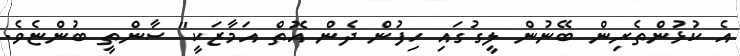
އެ ކުޅުންތެރިން ބޭނުން ލީގުގައި ހިފުން ދެން އޮތް އަމާޒަކީ" ސާންތީ ބުންޏެވެ.